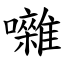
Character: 囃